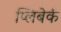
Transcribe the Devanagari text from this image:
प्लिबेर्क